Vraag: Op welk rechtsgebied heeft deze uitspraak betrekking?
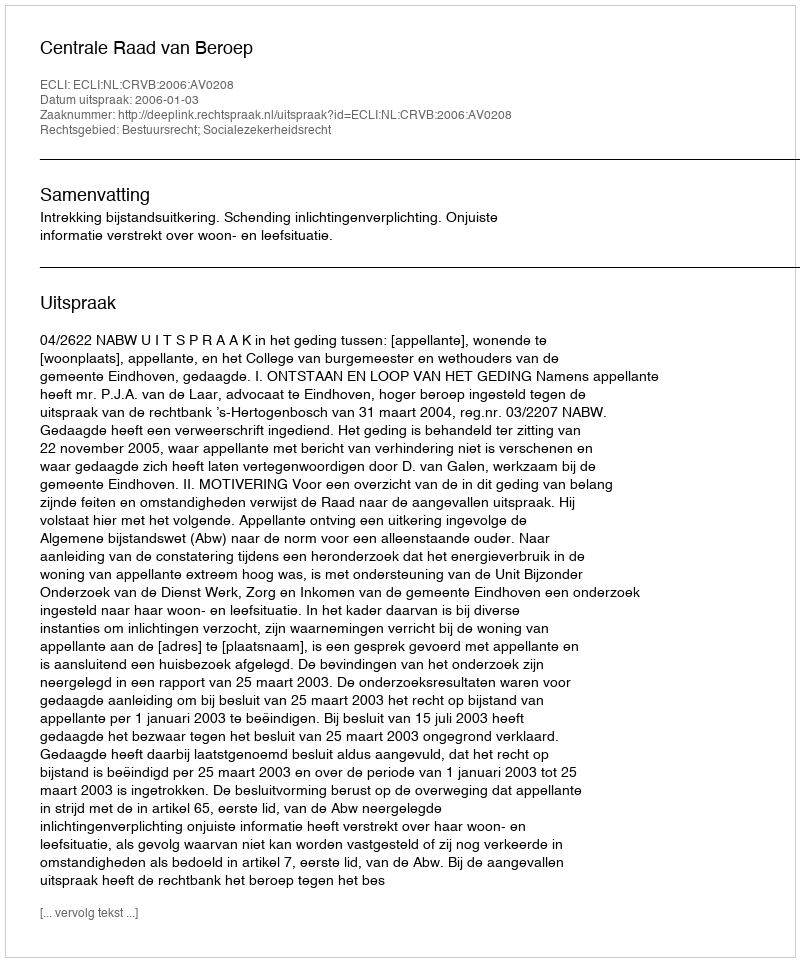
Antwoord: Bestuursrecht; Socialezekerheidsrecht